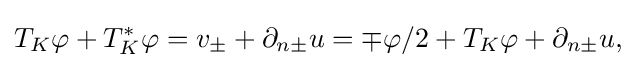
\displaystyle {T_{K}\varphi +T_{K}^{*}\varphi =v_{\pm }+\partial _{n\pm }u=\mp \varphi /2+T_{K}\varphi +\partial _{n\pm }u,}